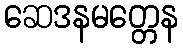
ဆေဒနမတ္တေန